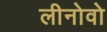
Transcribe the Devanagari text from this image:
लीनोवो